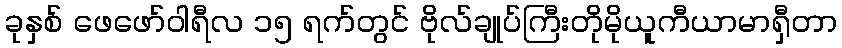
ခုနှစ် ဖေဖော်ဝါရီလ ၁၅ ရက်တွင် ဗိုလ်ချုပ်ကြီးတိုမိုယူကီယာမာရှီတာ